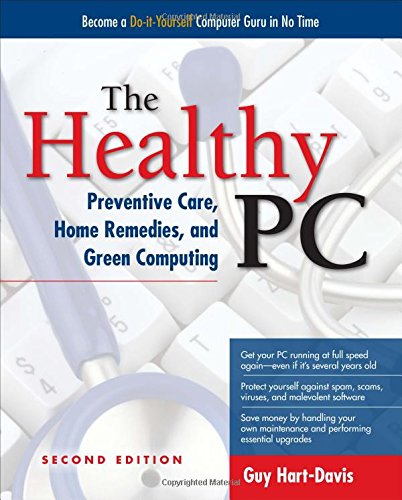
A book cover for The Healthy PC: Preventive Care, Home Remedies, and Green Computing, 2nd Edition; Guy Hart-Davis; Computers & Technology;